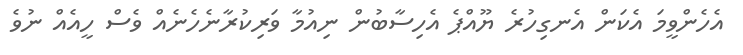
އެހެންވީމަ އެކަން އެނގިހުރެ ޔޫއްޕެ އެހިސާބުން ނިއުމާ ވަރިކުރާނެހެނެއް ވެސް ހީއެއް ނުވެ